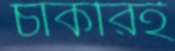
চাকরিই